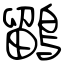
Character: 鶹